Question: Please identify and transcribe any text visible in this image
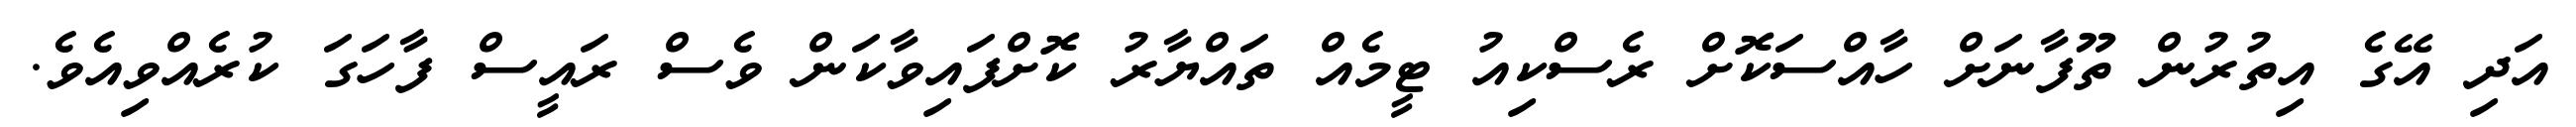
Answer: އަދި އޭގެ އިތުރުން ތޫފާނަށް ހާއްސަކޮށް ރެސްކިއު ޓީމެއް ތައްޔާރު ކޮށްފައިވާކަން ވެސް ރައީސް ފާހަގަ ކުރެއްވިއެވެ.